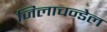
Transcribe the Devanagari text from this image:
जिलाचन्डेल